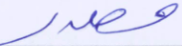
مصدر